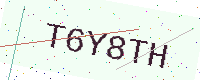
Text: T6Y8TH